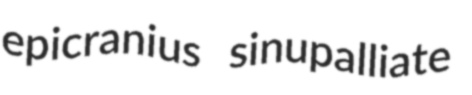
epicranius sinupalliate